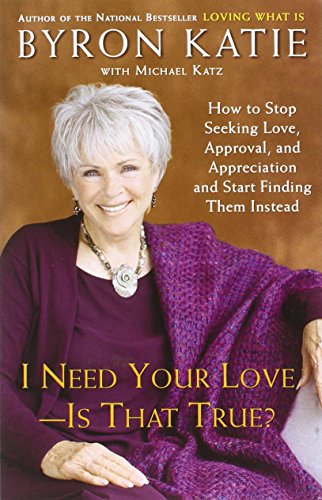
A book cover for I Need Your Love - Is That True?: How to Stop Seeking Love, Approval, and Appreciation and Start Finding Them Instead; Byron Katie; Self-Help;